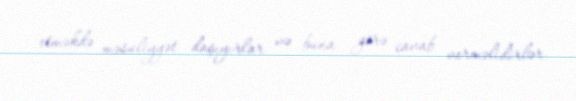
etməkdə məsuliyyət daşıyırlar və buna görə cavab verməlidirlər.